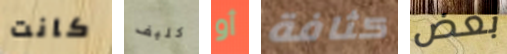
كانت كليف أو كثافة بعض